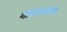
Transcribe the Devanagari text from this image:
गावाकर्याना